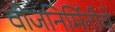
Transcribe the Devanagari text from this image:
वीजनिर्मितीचे